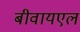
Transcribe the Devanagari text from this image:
बीवायएल